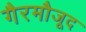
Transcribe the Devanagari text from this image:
गैरमौजूद